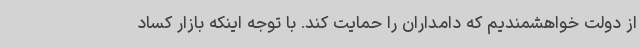
از دولت خواهشمندیم که دامداران را حمایت کند. با توجه اینکه بازار کساد